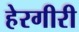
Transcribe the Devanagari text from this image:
हेरगीरी